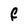
Character: f